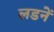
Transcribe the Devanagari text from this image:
लडनें